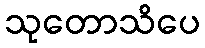
သုတောသိပေ